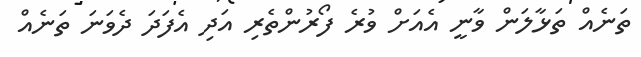
ތަނެއް ތަޅާލަން ވާނީ އެއަށް ވުރެ ފޯރުންތެރި އަދި އެފަދަ ދެވަނަ ތަނެއް